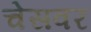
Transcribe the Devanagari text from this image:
चेसवर